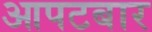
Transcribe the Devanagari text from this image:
आपटबार